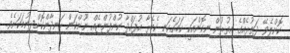
ކޮށްލެވޭ ދަތުރެއްގެ އިތުރުން ނިކޮންއަކީ ހަމައެކަނި ކެމެރާ އުފައްދާ ކުންފުންޏެއް ނޫންކަން ހަނދާންކޮށްދިނުމަކަށެވެ.